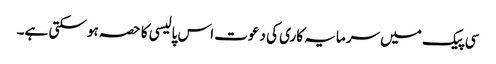
سی پیک میں سرمایہ کاری کی دعوت اس پالیسی کا حصہ ہو سکتی ہے۔